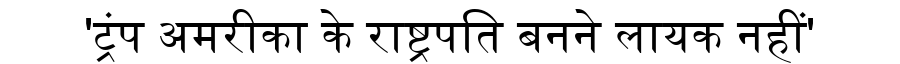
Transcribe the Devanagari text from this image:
'ट्रंप अमरीका के राष्ट्रपति बनने लायक नहीं'